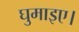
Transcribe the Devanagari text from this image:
घुमाइए।